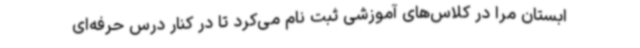
ابستان مرا در کلاس‌های آموزشی ثبت‌ نام می‌کرد تا در کنار درس حرفه‌ای